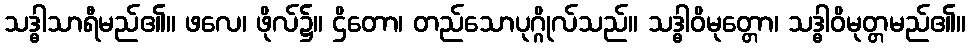
သဒ္ဓါသာရီမည်၏။ ဖလေ၊ ဖိုလ်၌။ ဌိတော၊ တည်သောပုဂ္ဂိုလ်သည်။ သဒ္ဓါဝိမုတ္တော၊ သဒ္ဓါဝိမုတ္တမည်၏။